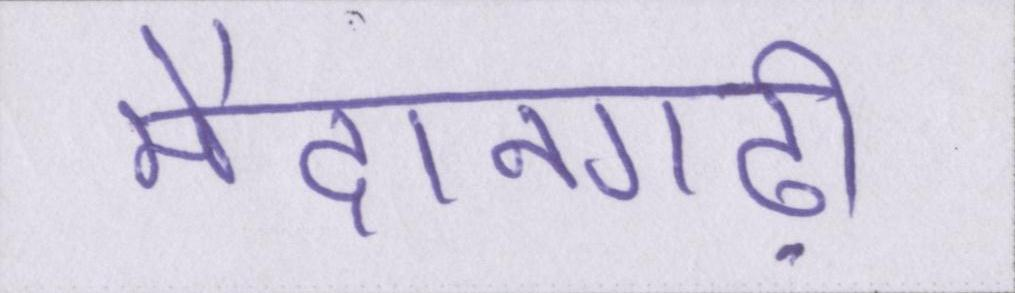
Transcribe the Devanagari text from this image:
मैदानगढ़ी